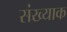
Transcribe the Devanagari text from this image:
संख्याक